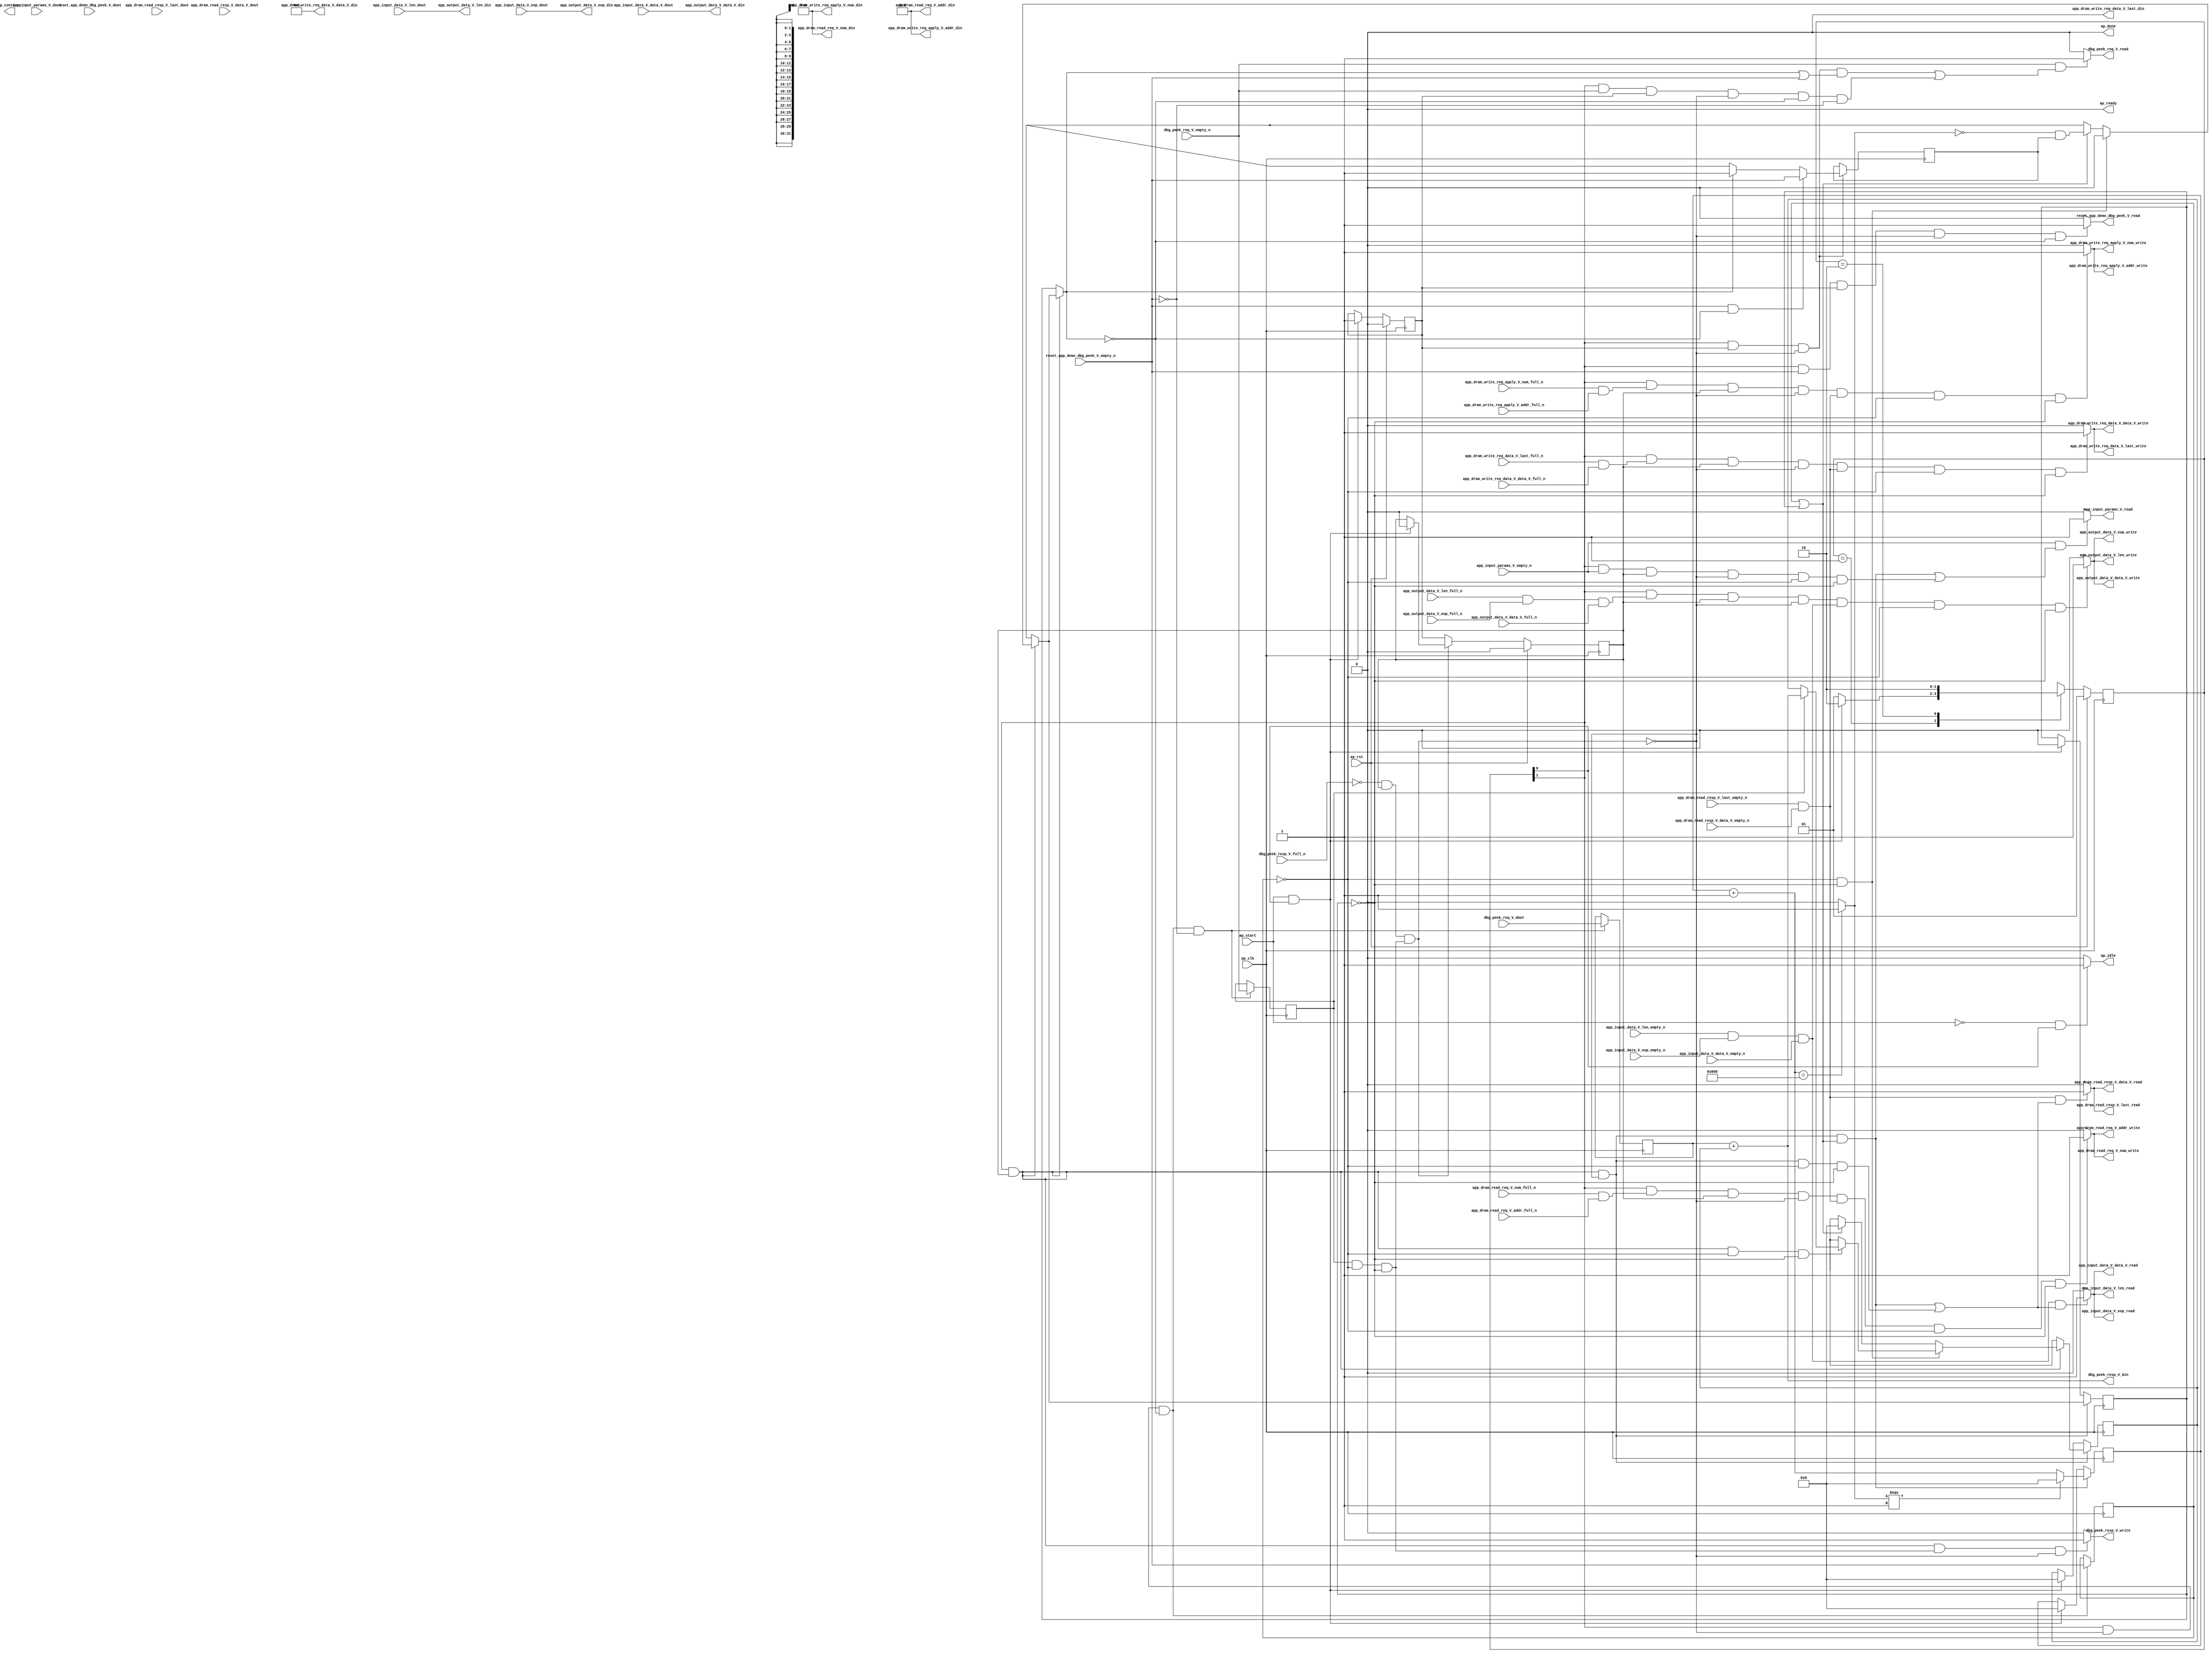
// ==============================================================
// RTL generated by Vivado(TM) HLS - High-Level Synthesis from C, C++ and SystemC
// Version: 2017.4.op
// Copyright (C) 1986-2018 Xilinx, Inc. All Rights Reserved.
// 
// ===========================================================

`timescale 1 ns / 1 ps 

(* CORE_GENERATION_INFO="app_demo_dbg_peek,hls_ip_2017_4_op,{HLS_INPUT_TYPE=cxx,HLS_INPUT_FLOAT=0,HLS_INPUT_FIXED=0,HLS_INPUT_PART=xcvu9p-flgb2104-2-i,HLS_INPUT_CLOCK=4.000000,HLS_INPUT_ARCH=others,HLS_SYN_CLOCK=2.916000,HLS_SYN_LAT=-1,HLS_SYN_TPT=none,HLS_SYN_MEM=0,HLS_SYN_DSP=0,HLS_SYN_FF=104,HLS_SYN_LUT=358}" *)

module app_demo_dbg_peek (
        ap_clk,
        ap_rst,
        ap_start,
        ap_done,
ap_continue,
        ap_idle,
        ap_ready,
        reset_app_demo_dbg_peek_V_dout,
        reset_app_demo_dbg_peek_V_empty_n,
        reset_app_demo_dbg_peek_V_read,
        dbg_peek_req_V_dout,
        dbg_peek_req_V_empty_n,
        dbg_peek_req_V_read,
        dbg_peek_resp_V_din,
        dbg_peek_resp_V_full_n,
        dbg_peek_resp_V_write,
        app_dram_read_req_V_num_din,
        app_dram_read_req_V_num_full_n,
        app_dram_read_req_V_num_write,
        app_dram_read_req_V_addr_din,
        app_dram_read_req_V_addr_full_n,
        app_dram_read_req_V_addr_write,
        app_dram_read_resp_V_last_dout,
        app_dram_read_resp_V_last_empty_n,
        app_dram_read_resp_V_last_read,
        app_dram_read_resp_V_data_V_dout,
        app_dram_read_resp_V_data_V_empty_n,
        app_dram_read_resp_V_data_V_read,
        app_dram_write_req_data_V_last_din,
        app_dram_write_req_data_V_last_full_n,
        app_dram_write_req_data_V_last_write,
        app_dram_write_req_data_V_data_V_din,
        app_dram_write_req_data_V_data_V_full_n,
        app_dram_write_req_data_V_data_V_write,
        app_dram_write_req_apply_V_num_din,
        app_dram_write_req_apply_V_num_full_n,
        app_dram_write_req_apply_V_num_write,
        app_dram_write_req_apply_V_addr_din,
        app_dram_write_req_apply_V_addr_full_n,
        app_dram_write_req_apply_V_addr_write,
        app_input_data_V_data_V_dout,
        app_input_data_V_data_V_empty_n,
        app_input_data_V_data_V_read,
        app_input_data_V_len_dout,
        app_input_data_V_len_empty_n,
        app_input_data_V_len_read,
        app_input_data_V_eop_dout,
        app_input_data_V_eop_empty_n,
        app_input_data_V_eop_read,
        app_output_data_V_data_V_din,
        app_output_data_V_data_V_full_n,
        app_output_data_V_data_V_write,
        app_output_data_V_len_din,
        app_output_data_V_len_full_n,
        app_output_data_V_len_write,
        app_output_data_V_eop_din,
        app_output_data_V_eop_full_n,
        app_output_data_V_eop_write,
        app_input_params_V_dout,
        app_input_params_V_empty_n,
        app_input_params_V_read
);

parameter    ap_ST_fsm_state1 = 2'd1;
parameter    ap_ST_fsm_pp0_stage0 = 2'd2;

input   ap_clk;
input   ap_rst;
input   ap_start;
output   ap_done;
output   ap_idle;
output ap_ready; output ap_continue;
input   reset_app_demo_dbg_peek_V_dout;
input   reset_app_demo_dbg_peek_V_empty_n;
output   reset_app_demo_dbg_peek_V_read;
input  [31:0] dbg_peek_req_V_dout;
input   dbg_peek_req_V_empty_n;
output   dbg_peek_req_V_read;
output  [31:0] dbg_peek_resp_V_din;
input   dbg_peek_resp_V_full_n;
output   dbg_peek_resp_V_write;
output  [7:0] app_dram_read_req_V_num_din;
input   app_dram_read_req_V_num_full_n;
output   app_dram_read_req_V_num_write;
output  [63:0] app_dram_read_req_V_addr_din;
input   app_dram_read_req_V_addr_full_n;
output   app_dram_read_req_V_addr_write;
input   app_dram_read_resp_V_last_dout;
input   app_dram_read_resp_V_last_empty_n;
output   app_dram_read_resp_V_last_read;
input  [511:0] app_dram_read_resp_V_data_V_dout;
input   app_dram_read_resp_V_data_V_empty_n;
output   app_dram_read_resp_V_data_V_read;
output   app_dram_write_req_data_V_last_din;
input   app_dram_write_req_data_V_last_full_n;
output   app_dram_write_req_data_V_last_write;
output  [511:0] app_dram_write_req_data_V_data_V_din;
input   app_dram_write_req_data_V_data_V_full_n;
output   app_dram_write_req_data_V_data_V_write;
output  [7:0] app_dram_write_req_apply_V_num_din;
input   app_dram_write_req_apply_V_num_full_n;
output   app_dram_write_req_apply_V_num_write;
output  [63:0] app_dram_write_req_apply_V_addr_din;
input   app_dram_write_req_apply_V_addr_full_n;
output   app_dram_write_req_apply_V_addr_write;
input  [511:0] app_input_data_V_data_V_dout;
input   app_input_data_V_data_V_empty_n;
output   app_input_data_V_data_V_read;
input  [15:0] app_input_data_V_len_dout;
input   app_input_data_V_len_empty_n;
output   app_input_data_V_len_read;
input   app_input_data_V_eop_dout;
input   app_input_data_V_eop_empty_n;
output   app_input_data_V_eop_read;
output  [511:0] app_output_data_V_data_V_din;
input   app_output_data_V_data_V_full_n;
output   app_output_data_V_data_V_write;
output  [15:0] app_output_data_V_len_din;
input   app_output_data_V_len_full_n;
output   app_output_data_V_len_write;
output   app_output_data_V_eop_din;
input   app_output_data_V_eop_full_n;
output   app_output_data_V_eop_write;
input  [31:0] app_input_params_V_dout;
input   app_input_params_V_empty_n;
output   app_input_params_V_read;

reg ap_idle;
reg reset_app_demo_dbg_peek_V_read;
reg dbg_peek_req_V_read;
reg dbg_peek_resp_V_write;
reg app_input_params_V_read;

(* fsm_encoding = "none" *) reg   [1:0] ap_CS_fsm;
wire    ap_CS_fsm_state1;
reg    dbg_peek_resp_V_blk_n;
wire    ap_CS_fsm_pp0_stage0;
reg    ap_enable_reg_pp0_iter1;
wire    ap_block_pp0_stage0;
reg   [0:0] reset_reg_408;
reg   [0:0] empty_n_7_reg_571;
reg   [0:0] empty_n_6_reg_576;
reg   [31:0] p_1_reg_420;
wire   [0:0] empty_n_7_fu_481_p1;
wire    ap_block_state2_pp0_stage0_iter0;
reg    ap_predicate_op74_write_state3;
reg    ap_block_state3_pp0_stage0_iter1;
reg    ap_block_pp0_stage0_11001;
reg   [0:0] ap_phi_mux_reset_phi_fu_412_p4;
reg   [31:0] tmp_1_reg_580;
reg    ap_enable_reg_pp0_iter0;
reg    ap_block_pp0_stage0_subdone;
reg   [0:0] ap_phi_mux_reset_be_phi_fu_468_p4;
reg   [31:0] ap_phi_mux_p_1_be_phi_fu_455_p4;
reg   [31:0] ap_phi_mux_p_025_1_phi_fu_434_p4;
wire   [31:0] sum_fu_516_p2;
wire   [31:0] ap_phi_reg_pp0_iter1_p_025_1_reg_431;
wire   [0:0] ap_phi_reg_pp0_iter0_reset_1_reg_441;
reg   [0:0] ap_phi_reg_pp0_iter1_reset_1_reg_441;
wire   [31:0] ap_phi_reg_pp0_iter1_p_1_be_reg_451;
wire   [0:0] p_reset_1_fu_544_p2;
wire   [0:0] ap_phi_reg_pp0_iter1_reset_be_reg_464;
reg    app_input_data_V_len0_update;
wire   [0:0] grp_nbread_fu_328_p4_0;
reg    app_output_data_V_len1_update;
wire   [0:0] empty_n_4_fu_493_p1;
reg    ap_block_pp0_stage0_01001;
reg    app_dram_read_resp_V_last0_update;
wire   [0:0] grp_nbread_fu_357_p3_0;
reg    app_dram_read_req_V_num1_update;
wire   [0:0] empty_n_5_fu_512_p1;
reg    app_dram_write_req_data_V_last1_update;
reg    app_dram_write_req_apply_V_num1_update;
reg   [31:0] reset_cnt_fu_312;
wire   [31:0] p_s_fu_551_p3;
wire   [31:0] reset_cnt_1_fu_526_p2;
wire   [0:0] tmp_6_fu_532_p2;
wire   [0:0] not_s_fu_538_p2;
reg   [1:0] ap_NS_fsm;
reg    ap_idle_pp0;
wire    ap_enable_pp0;
reg    ap_condition_188;
reg    ap_condition_107;
reg    ap_condition_175;

// power-on initialization
initial begin
#0 ap_CS_fsm = 2'd1;
#0 ap_enable_reg_pp0_iter1 = 1'b0;
#0 ap_enable_reg_pp0_iter0 = 1'b0;
end

always @ (posedge ap_clk) begin
    if (ap_rst == 1'b1) begin
        ap_CS_fsm <= ap_ST_fsm_state1;
    end else begin
        ap_CS_fsm <= ap_NS_fsm;
    end
end

always @ (posedge ap_clk) begin
    if (ap_rst == 1'b1) begin
        ap_enable_reg_pp0_iter0 <= 1'b0;
    end else begin
        if (((ap_start == 1'b1) & (1'b1 == ap_CS_fsm_state1))) begin
            ap_enable_reg_pp0_iter0 <= 1'b1;
        end
    end
end

always @ (posedge ap_clk) begin
    if (ap_rst == 1'b1) begin
        ap_enable_reg_pp0_iter1 <= 1'b0;
    end else begin
        if ((1'b0 == ap_block_pp0_stage0_subdone)) begin
            ap_enable_reg_pp0_iter1 <= ap_enable_reg_pp0_iter0;
        end else if (((ap_start == 1'b1) & (1'b1 == ap_CS_fsm_state1))) begin
            ap_enable_reg_pp0_iter1 <= 1'b0;
        end
    end
end

always @ (posedge ap_clk) begin
    if ((1'b1 == ap_condition_175)) begin
        if (((empty_n_7_fu_481_p1 == 1'd1) & (ap_phi_mux_reset_phi_fu_412_p4 == 1'd0))) begin
            ap_phi_reg_pp0_iter1_reset_1_reg_441 <= reset_app_demo_dbg_peek_V_empty_n;
        end else if ((ap_phi_mux_reset_phi_fu_412_p4 == 1'd1)) begin
            ap_phi_reg_pp0_iter1_reset_1_reg_441 <= ap_phi_mux_reset_phi_fu_412_p4;
        end else if ((1'b1 == 1'b1)) begin
            ap_phi_reg_pp0_iter1_reset_1_reg_441 <= ap_phi_reg_pp0_iter0_reset_1_reg_441;
        end
    end
end

always @ (posedge ap_clk) begin
    if (((1'b1 == ap_CS_fsm_pp0_stage0) & (ap_enable_reg_pp0_iter1 == 1'b1) & (1'b0 == ap_block_pp0_stage0_11001))) begin
        p_1_reg_420 <= ap_phi_mux_p_1_be_phi_fu_455_p4;
    end else if (((ap_start == 1'b1) & (1'b1 == ap_CS_fsm_state1))) begin
        p_1_reg_420 <= 32'd0;
    end
end

always @ (posedge ap_clk) begin
    if (((1'b1 == ap_CS_fsm_pp0_stage0) & (ap_enable_reg_pp0_iter1 == 1'b1) & (1'b0 == ap_block_pp0_stage0_11001) & ((empty_n_7_reg_571 == 1'd1) | (reset_reg_408 == 1'd1)))) begin
        reset_cnt_fu_312 <= p_s_fu_551_p3;
    end else if (((ap_start == 1'b1) & (1'b1 == ap_CS_fsm_state1))) begin
        reset_cnt_fu_312 <= 32'd0;
    end
end

always @ (posedge ap_clk) begin
    if (((1'b1 == ap_CS_fsm_pp0_stage0) & (ap_enable_reg_pp0_iter1 == 1'b1) & (1'b0 == ap_block_pp0_stage0_11001))) begin
        reset_reg_408 <= ap_phi_mux_reset_be_phi_fu_468_p4;
    end else if (((ap_start == 1'b1) & (1'b1 == ap_CS_fsm_state1))) begin
        reset_reg_408 <= 1'd0;
    end
end

always @ (posedge ap_clk) begin
    if (((1'b1 == ap_CS_fsm_pp0_stage0) & (1'b0 == ap_block_pp0_stage0_11001) & (ap_phi_mux_reset_phi_fu_412_p4 == 1'd0) & (empty_n_7_fu_481_p1 == 1'd0))) begin
        empty_n_6_reg_576 <= dbg_peek_req_V_empty_n;
        tmp_1_reg_580 <= dbg_peek_req_V_dout;
    end
end

always @ (posedge ap_clk) begin
    if (((1'b1 == ap_CS_fsm_pp0_stage0) & (1'b0 == ap_block_pp0_stage0_11001) & (ap_phi_mux_reset_phi_fu_412_p4 == 1'd0))) begin
        empty_n_7_reg_571 <= reset_app_demo_dbg_peek_V_empty_n;
    end
end

always @ (*) begin
    if (((ap_start == 1'b0) & (1'b1 == ap_CS_fsm_state1))) begin
        ap_idle = 1'b1;
    end else begin
        ap_idle = 1'b0;
    end
end

always @ (*) begin
    if (((ap_enable_reg_pp0_iter0 == 1'b0) & (ap_enable_reg_pp0_iter1 == 1'b0))) begin
        ap_idle_pp0 = 1'b1;
    end else begin
        ap_idle_pp0 = 1'b0;
    end
end

always @ (*) begin
    if ((1'b1 == ap_condition_188)) begin
        if ((empty_n_6_reg_576 == 1'd0)) begin
            ap_phi_mux_p_025_1_phi_fu_434_p4 = p_1_reg_420;
        end else if ((empty_n_6_reg_576 == 1'd1)) begin
            ap_phi_mux_p_025_1_phi_fu_434_p4 = sum_fu_516_p2;
        end else begin
            ap_phi_mux_p_025_1_phi_fu_434_p4 = ap_phi_reg_pp0_iter1_p_025_1_reg_431;
        end
    end else begin
        ap_phi_mux_p_025_1_phi_fu_434_p4 = ap_phi_reg_pp0_iter1_p_025_1_reg_431;
    end
end

always @ (*) begin
    if ((1'b1 == ap_condition_107)) begin
        if (((empty_n_7_reg_571 == 1'd0) & (reset_reg_408 == 1'd0))) begin
            ap_phi_mux_p_1_be_phi_fu_455_p4 = ap_phi_mux_p_025_1_phi_fu_434_p4;
        end else if (((empty_n_7_reg_571 == 1'd1) | (reset_reg_408 == 1'd1))) begin
            ap_phi_mux_p_1_be_phi_fu_455_p4 = 32'd0;
        end else begin
            ap_phi_mux_p_1_be_phi_fu_455_p4 = ap_phi_reg_pp0_iter1_p_1_be_reg_451;
        end
    end else begin
        ap_phi_mux_p_1_be_phi_fu_455_p4 = ap_phi_reg_pp0_iter1_p_1_be_reg_451;
    end
end

always @ (*) begin
    if ((1'b1 == ap_condition_107)) begin
        if (((empty_n_7_reg_571 == 1'd0) & (reset_reg_408 == 1'd0))) begin
            ap_phi_mux_reset_be_phi_fu_468_p4 = 1'd0;
        end else if (((empty_n_7_reg_571 == 1'd1) | (reset_reg_408 == 1'd1))) begin
            ap_phi_mux_reset_be_phi_fu_468_p4 = p_reset_1_fu_544_p2;
        end else begin
            ap_phi_mux_reset_be_phi_fu_468_p4 = ap_phi_reg_pp0_iter1_reset_be_reg_464;
        end
    end else begin
        ap_phi_mux_reset_be_phi_fu_468_p4 = ap_phi_reg_pp0_iter1_reset_be_reg_464;
    end
end

always @ (*) begin
    if (((1'b1 == ap_CS_fsm_pp0_stage0) & (ap_enable_reg_pp0_iter1 == 1'b1) & (1'b0 == ap_block_pp0_stage0))) begin
        ap_phi_mux_reset_phi_fu_412_p4 = ap_phi_mux_reset_be_phi_fu_468_p4;
    end else begin
        ap_phi_mux_reset_phi_fu_412_p4 = reset_reg_408;
    end
end

always @ (*) begin
    if (((1'b1 == ap_CS_fsm_pp0_stage0) & ((app_dram_read_req_V_num_full_n & app_dram_read_req_V_addr_full_n) == 1'b1) & (ap_enable_reg_pp0_iter1 == 1'b1) & (1'b0 == ap_block_pp0_stage0_11001) & (empty_n_5_fu_512_p1 == 1'd1) & (empty_n_7_reg_571 == 1'd0) & (reset_reg_408 == 1'd0))) begin
        app_dram_read_req_V_num1_update = 1'b1;
    end else begin
        app_dram_read_req_V_num1_update = 1'b0;
    end
end

always @ (*) begin
    if ((((app_dram_read_resp_V_last_empty_n & app_dram_read_resp_V_data_V_empty_n) == 1'b1) & (((1'b1 == ap_CS_fsm_pp0_stage0) & (ap_enable_reg_pp0_iter1 == 1'b1) & (1'b0 == ap_block_pp0_stage0_11001) & ((empty_n_7_reg_571 == 1'd1) | (reset_reg_408 == 1'd1))) | ((1'b1 == ap_CS_fsm_pp0_stage0) & (ap_enable_reg_pp0_iter1 == 1'b1) & (1'b0 == ap_block_pp0_stage0_11001) & (empty_n_7_reg_571 == 1'd0) & (reset_reg_408 == 1'd0))))) begin
        app_dram_read_resp_V_last0_update = 1'b1;
    end else begin
        app_dram_read_resp_V_last0_update = 1'b0;
    end
end

always @ (*) begin
    if (((1'b1 == ap_CS_fsm_pp0_stage0) & ((app_dram_write_req_apply_V_num_full_n & app_dram_write_req_apply_V_addr_full_n) == 1'b1) & (ap_enable_reg_pp0_iter1 == 1'b1) & (1'b0 == ap_block_pp0_stage0_11001) & (empty_n_5_fu_512_p1 == 1'd1) & (empty_n_7_reg_571 == 1'd0) & (reset_reg_408 == 1'd0))) begin
        app_dram_write_req_apply_V_num1_update = 1'b1;
    end else begin
        app_dram_write_req_apply_V_num1_update = 1'b0;
    end
end

always @ (*) begin
    if (((1'b1 == ap_CS_fsm_pp0_stage0) & ((app_dram_write_req_data_V_last_full_n & app_dram_write_req_data_V_data_V_full_n) == 1'b1) & (ap_enable_reg_pp0_iter1 == 1'b1) & (1'b0 == ap_block_pp0_stage0_11001) & (empty_n_5_fu_512_p1 == 1'd1) & (empty_n_7_reg_571 == 1'd0) & (reset_reg_408 == 1'd0))) begin
        app_dram_write_req_data_V_last1_update = 1'b1;
    end else begin
        app_dram_write_req_data_V_last1_update = 1'b0;
    end
end

always @ (*) begin
    if ((((app_input_data_V_len_empty_n & app_input_data_V_eop_empty_n & app_input_data_V_data_V_empty_n) == 1'b1) & (((1'b1 == ap_CS_fsm_pp0_stage0) & (ap_enable_reg_pp0_iter1 == 1'b1) & (1'b0 == ap_block_pp0_stage0_11001) & ((empty_n_7_reg_571 == 1'd1) | (reset_reg_408 == 1'd1))) | ((1'b1 == ap_CS_fsm_pp0_stage0) & (ap_enable_reg_pp0_iter1 == 1'b1) & (1'b0 == ap_block_pp0_stage0_11001) & (empty_n_7_reg_571 == 1'd0) & (reset_reg_408 == 1'd0))))) begin
        app_input_data_V_len0_update = 1'b1;
    end else begin
        app_input_data_V_len0_update = 1'b0;
    end
end

always @ (*) begin
    if (((app_input_params_V_empty_n == 1'b1) & (((1'b1 == ap_CS_fsm_pp0_stage0) & (ap_enable_reg_pp0_iter1 == 1'b1) & (1'b0 == ap_block_pp0_stage0_11001) & ((empty_n_7_reg_571 == 1'd1) | (reset_reg_408 == 1'd1))) | ((1'b1 == ap_CS_fsm_pp0_stage0) & (app_input_params_V_empty_n == 1'b1) & (ap_enable_reg_pp0_iter1 == 1'b1) & (1'b0 == ap_block_pp0_stage0_11001) & (empty_n_7_reg_571 == 1'd0) & (reset_reg_408 == 1'd0))))) begin
        app_input_params_V_read = 1'b1;
    end else begin
        app_input_params_V_read = 1'b0;
    end
end

always @ (*) begin
    if (((1'b1 == ap_CS_fsm_pp0_stage0) & ((app_output_data_V_len_full_n & app_output_data_V_eop_full_n & app_output_data_V_data_V_full_n) == 1'b1) & (ap_enable_reg_pp0_iter1 == 1'b1) & (1'b0 == ap_block_pp0_stage0_11001) & (empty_n_4_fu_493_p1 == 1'd1) & (empty_n_7_reg_571 == 1'd0) & (reset_reg_408 == 1'd0))) begin
        app_output_data_V_len1_update = 1'b1;
    end else begin
        app_output_data_V_len1_update = 1'b0;
    end
end

always @ (*) begin
    if (((dbg_peek_req_V_empty_n == 1'b1) & (((1'b1 == ap_CS_fsm_pp0_stage0) & (ap_enable_reg_pp0_iter0 == 1'b1) & (1'b0 == ap_block_pp0_stage0_11001) & ((ap_phi_mux_reset_phi_fu_412_p4 == 1'd1) | (empty_n_7_fu_481_p1 == 1'd1))) | ((1'b1 == ap_CS_fsm_pp0_stage0) & (dbg_peek_req_V_empty_n == 1'b1) & (ap_enable_reg_pp0_iter0 == 1'b1) & (1'b0 == ap_block_pp0_stage0_11001) & (ap_phi_mux_reset_phi_fu_412_p4 == 1'd0) & (empty_n_7_fu_481_p1 == 1'd0))))) begin
        dbg_peek_req_V_read = 1'b1;
    end else begin
        dbg_peek_req_V_read = 1'b0;
    end
end

always @ (*) begin
    if (((1'b1 == ap_CS_fsm_pp0_stage0) & (ap_enable_reg_pp0_iter1 == 1'b1) & (empty_n_6_reg_576 == 1'd1) & (empty_n_7_reg_571 == 1'd0) & (reset_reg_408 == 1'd0) & (1'b0 == ap_block_pp0_stage0))) begin
        dbg_peek_resp_V_blk_n = dbg_peek_resp_V_full_n;
    end else begin
        dbg_peek_resp_V_blk_n = 1'b1;
    end
end

always @ (*) begin
    if (((1'b1 == ap_CS_fsm_pp0_stage0) & (ap_enable_reg_pp0_iter1 == 1'b1) & (ap_predicate_op74_write_state3 == 1'b1) & (1'b0 == ap_block_pp0_stage0_11001))) begin
        dbg_peek_resp_V_write = 1'b1;
    end else begin
        dbg_peek_resp_V_write = 1'b0;
    end
end

always @ (*) begin
    if (((1'b1 == ap_CS_fsm_pp0_stage0) & (reset_app_demo_dbg_peek_V_empty_n == 1'b1) & (ap_enable_reg_pp0_iter0 == 1'b1) & (1'b0 == ap_block_pp0_stage0_11001) & (ap_phi_mux_reset_phi_fu_412_p4 == 1'd0))) begin
        reset_app_demo_dbg_peek_V_read = 1'b1;
    end else begin
        reset_app_demo_dbg_peek_V_read = 1'b0;
    end
end

always @ (*) begin
    case (ap_CS_fsm)
        ap_ST_fsm_state1 : begin
            if (((ap_start == 1'b1) & (1'b1 == ap_CS_fsm_state1))) begin
                ap_NS_fsm = ap_ST_fsm_pp0_stage0;
            end else begin
                ap_NS_fsm = ap_ST_fsm_state1;
            end
        end
        ap_ST_fsm_pp0_stage0 : begin
            ap_NS_fsm = ap_ST_fsm_pp0_stage0;
        end
        default : begin
            ap_NS_fsm = 'bx;
        end
    endcase
end

assign ap_CS_fsm_pp0_stage0 = ap_CS_fsm[32'd1];

assign ap_CS_fsm_state1 = ap_CS_fsm[32'd0];

assign ap_block_pp0_stage0 = ~(1'b1 == 1'b1);

always @ (*) begin
    ap_block_pp0_stage0_01001 = ((dbg_peek_resp_V_full_n == 1'b0) & (ap_enable_reg_pp0_iter1 == 1'b1) & (ap_predicate_op74_write_state3 == 1'b1));
end

always @ (*) begin
    ap_block_pp0_stage0_11001 = ((dbg_peek_resp_V_full_n == 1'b0) & (ap_enable_reg_pp0_iter1 == 1'b1) & (ap_predicate_op74_write_state3 == 1'b1));
end

always @ (*) begin
    ap_block_pp0_stage0_subdone = ((dbg_peek_resp_V_full_n == 1'b0) & (ap_enable_reg_pp0_iter1 == 1'b1) & (ap_predicate_op74_write_state3 == 1'b1));
end

assign ap_block_state2_pp0_stage0_iter0 = ~(1'b1 == 1'b1);

always @ (*) begin
    ap_block_state3_pp0_stage0_iter1 = ((dbg_peek_resp_V_full_n == 1'b0) & (ap_predicate_op74_write_state3 == 1'b1));
end

always @ (*) begin
    ap_condition_107 = ((1'b1 == ap_CS_fsm_pp0_stage0) & (ap_enable_reg_pp0_iter1 == 1'b1) & (1'b0 == ap_block_pp0_stage0));
end

always @ (*) begin
    ap_condition_175 = ((1'b1 == ap_CS_fsm_pp0_stage0) & (ap_enable_reg_pp0_iter0 == 1'b1) & (1'b0 == ap_block_pp0_stage0_11001));
end

always @ (*) begin
    ap_condition_188 = ((1'b1 == ap_CS_fsm_pp0_stage0) & (ap_enable_reg_pp0_iter1 == 1'b1) & (empty_n_7_reg_571 == 1'd0) & (reset_reg_408 == 1'd0) & (1'b0 == ap_block_pp0_stage0));
end

assign ap_done = 1'b0;

assign ap_enable_pp0 = (ap_idle_pp0 ^ 1'b1);

assign ap_phi_reg_pp0_iter0_reset_1_reg_441 = 'bx;

assign ap_phi_reg_pp0_iter1_p_025_1_reg_431 = 'bx;

assign ap_phi_reg_pp0_iter1_p_1_be_reg_451 = 'bx;

assign ap_phi_reg_pp0_iter1_reset_be_reg_464 = 'bx;

always @ (*) begin
    ap_predicate_op74_write_state3 = ((empty_n_6_reg_576 == 1'd1) & (empty_n_7_reg_571 == 1'd0) & (reset_reg_408 == 1'd0));
end

assign ap_ready = 1'b0;

assign app_dram_read_req_V_addr_din = 64'd0;

assign app_dram_read_req_V_addr_write = app_dram_read_req_V_num1_update;

assign app_dram_read_req_V_num_din = 8'd0;

assign app_dram_read_req_V_num_write = app_dram_read_req_V_num1_update;

assign app_dram_read_resp_V_data_V_read = app_dram_read_resp_V_last0_update;

assign app_dram_read_resp_V_last_read = app_dram_read_resp_V_last0_update;

assign app_dram_write_req_apply_V_addr_din = 64'd0;

assign app_dram_write_req_apply_V_addr_write = app_dram_write_req_apply_V_num1_update;

assign app_dram_write_req_apply_V_num_din = 8'd0;

assign app_dram_write_req_apply_V_num_write = app_dram_write_req_apply_V_num1_update;

assign app_dram_write_req_data_V_data_V_din = 512'd0;

assign app_dram_write_req_data_V_data_V_write = app_dram_write_req_data_V_last1_update;

assign app_dram_write_req_data_V_last_din = 1'd0;

assign app_dram_write_req_data_V_last_write = app_dram_write_req_data_V_last1_update;

assign app_input_data_V_data_V_read = app_input_data_V_len0_update;

assign app_input_data_V_eop_read = app_input_data_V_len0_update;

assign app_input_data_V_len_read = app_input_data_V_len0_update;

assign app_output_data_V_data_V_din = app_input_data_V_data_V_dout;

assign app_output_data_V_data_V_write = app_output_data_V_len1_update;

assign app_output_data_V_eop_din = app_input_data_V_eop_dout;

assign app_output_data_V_eop_write = app_output_data_V_len1_update;

assign app_output_data_V_len_din = app_input_data_V_len_dout;

assign app_output_data_V_len_write = app_output_data_V_len1_update;

assign dbg_peek_resp_V_din = (tmp_1_reg_580 + p_1_reg_420);

assign empty_n_4_fu_493_p1 = grp_nbread_fu_328_p4_0;

assign empty_n_5_fu_512_p1 = grp_nbread_fu_357_p3_0;

assign empty_n_7_fu_481_p1 = reset_app_demo_dbg_peek_V_empty_n;

assign grp_nbread_fu_328_p4_0 = (app_input_data_V_len_empty_n & app_input_data_V_eop_empty_n & app_input_data_V_data_V_empty_n);

assign grp_nbread_fu_357_p3_0 = (app_dram_read_resp_V_last_empty_n & app_dram_read_resp_V_data_V_empty_n);

assign not_s_fu_538_p2 = (tmp_6_fu_532_p2 ^ 1'd1);

assign p_reset_1_fu_544_p2 = (not_s_fu_538_p2 & ap_phi_reg_pp0_iter1_reset_1_reg_441);

assign p_s_fu_551_p3 = ((tmp_6_fu_532_p2[0:0] === 1'b1) ? 32'd0 : reset_cnt_1_fu_526_p2);

assign reset_cnt_1_fu_526_p2 = (reset_cnt_fu_312 + 32'd1);

assign sum_fu_516_p2 = (tmp_1_reg_580 + p_1_reg_420);

assign tmp_6_fu_532_p2 = ((reset_cnt_1_fu_526_p2 == 32'd2048) ? 1'b1 : 1'b0);

endmodule //app_demo_dbg_peek